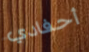
أحفادي